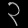
Digit: ၃